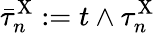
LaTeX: \bar{\tau}_{n}^{\mathrm{X}}:=t\wedge\tau_{n}^{\mathrm{X}}